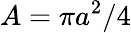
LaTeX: A=\pi a^{2}/4